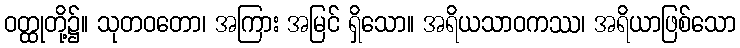
ဝတ္ထုတို့၌။ သုတဝတော၊ အကြား အမြင် ရှိသော။ အရိယသာဝကဿ၊ အရိယာဖြစ်သော